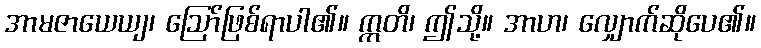
အာမဇာယေယျ၊ ဩော်ဖြစ်ရာပါ၏။ ဣတိ၊ ဤသို့။ အာဟ၊ လျှောက်ဆိုပေ၏။